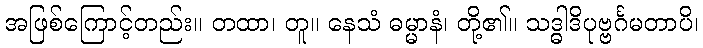
အဖြစ်ကြောင့်တည်း။ တထာ၊ တူ။ နေသံ ဓမ္မာနံ၊ တို့၏။ သဒ္ဓါဒိပုဗ္ဗင်္ဂမတာပိ၊